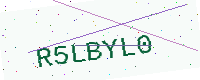
Text: R5LBYL0